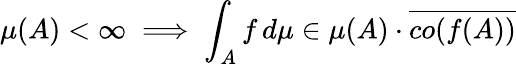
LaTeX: \mu(A)<\infty\implies\int_{A}f\, d\mu\in\mu(A)\cdot{\overline{{co(f(A))}}}